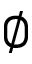
\emptyset